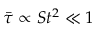
\Bar { \tau } \propto S t ^ { 2 } \ll 1